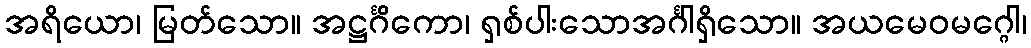
အရိယော၊ မြတ်သော။ အဋ္ဌင်္ဂိကော၊ ရှစ်ပါးသောအင်္ဂါရှိသော။ အယမေဝမဂ္ဂေါ၊